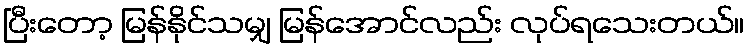
ပြီးတော့ မြန်နိုင်သမျှ မြန်အောင်လည်း လုပ်ရသေးတယ်။